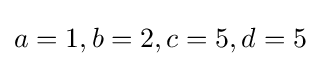
a=1,b=2,c=5,d=5